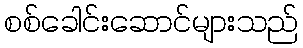
စစ်ခေါင်းဆောင်များသည်